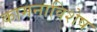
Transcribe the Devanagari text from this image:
कामनाविशेष